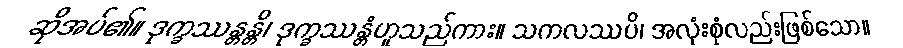
ဆိုအပ်၏။ ဒုက္ခဿန္တန္တိ၊ ဒုက္ခဿန္တံဟူသည်ကား။ သကလဿပိ၊ အလုံးစုံလည်းဖြစ်သော။